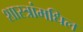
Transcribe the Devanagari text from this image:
शास्त्रांमधिल